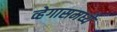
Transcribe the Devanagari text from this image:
व्हेगासमध्ये